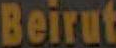
Beirut